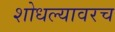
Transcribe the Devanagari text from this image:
शोधल्यावरच